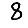
Digit: 8